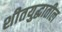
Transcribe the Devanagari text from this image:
शीतयुद्धातील